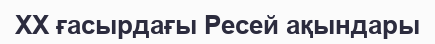
XX ғасырдағы Ресей ақындары